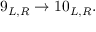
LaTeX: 9 _ { L , R } \rightarrow 1 0 _ { L , R } .